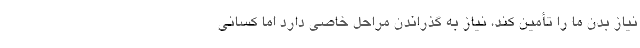
نیاز بدن ما را تأمین کند، نیاز به گذراندن مراحل خاصی دارد اما کسانی